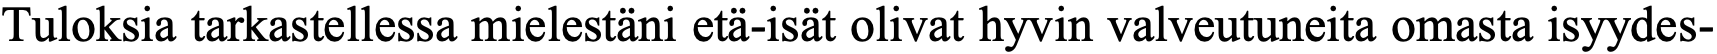
Tuloksia tarkastellessa mielestäni etä-isät olivat hyvin valveutuneita omasta isyydes-